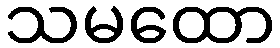
သမထော